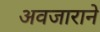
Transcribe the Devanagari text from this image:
अवजाराने